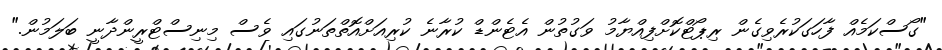
"ގޯސްކަމެއް ފާހަގަކުރެވިގެން ރިޕޯޓްކޮށްފިއްޔާމު ވަގުތުން އެޓެންޑް ކުރާނެ ކުރިއަށްއޮތްތަނުގައި ވެސް މިނިސްޓްރީންދާނީ ބަލަމުން."